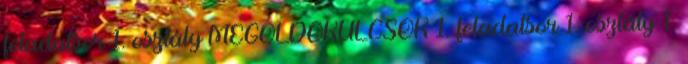
feladatsor 1. osztály MEGOLDÓKULCSOK 1. feladatsor 1. osztály 1.